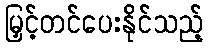
မြှင့်တင်ပေးနိုင်သည့်